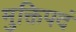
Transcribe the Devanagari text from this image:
मुक्तिपदं